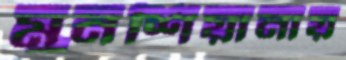
মুনশিয়ানায়